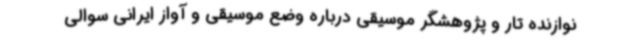
نوازنده تار و پژوهشگر موسیقی درباره وضع موسیقی و آواز ایرانی سوالی